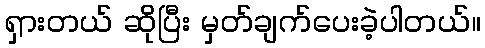
ရှားတယ် ဆိုပြီး မှတ်ချက်ပေးခဲ့ပါတယ်။